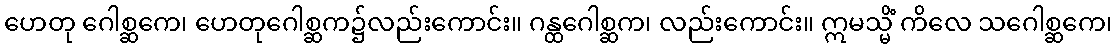
ဟေတု ဂေါစ္ဆကေ၊ ဟေတုဂေါစ္ဆက၌လည်းကောင်း။ ဂန္ထဂေါစ္ဆက၊ လည်းကောင်း။ ဣမသ္မိံ ကိလေ သဂေါစ္ဆကေ၊